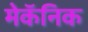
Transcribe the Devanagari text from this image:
मेकॅनिक